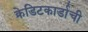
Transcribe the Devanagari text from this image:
क्रेडिटकार्डाची